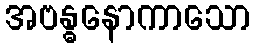
အဗန္ဓနောကာသော